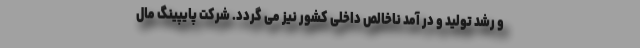
و رشد تولید و در آمد ناخالص داخلی کشور نیز می گردد. شرکت پایپینگ مال